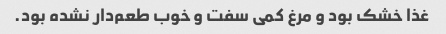
غذا خشک بود و مرغ کمی سفت و خوب طعم‌دار نشده بود.